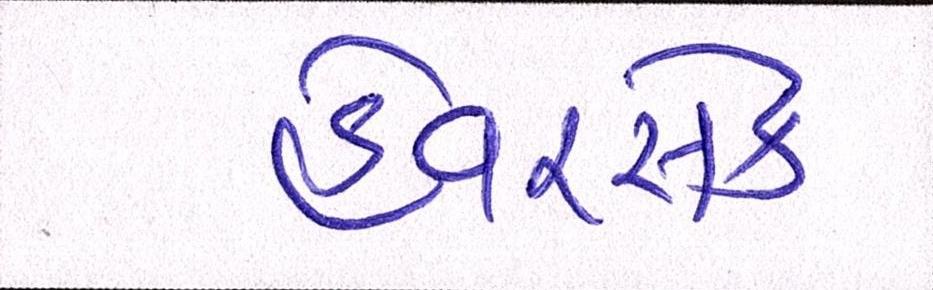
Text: હેવરસેક